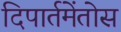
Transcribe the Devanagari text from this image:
दिपार्तमेंतोस